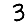
Digit: 3